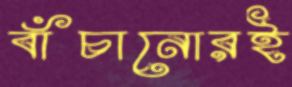
বাঁচানোরই